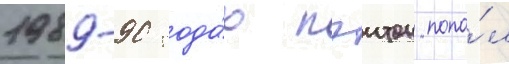
1989-90 года́х пэитон попа́л